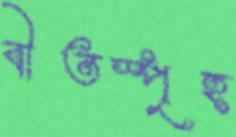
বীতস্পৃহ